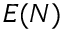
E ( N )